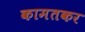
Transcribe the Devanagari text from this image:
कामतकर